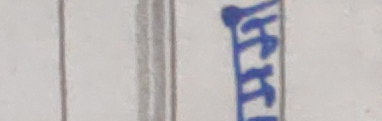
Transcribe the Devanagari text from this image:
श्रीतिकरा